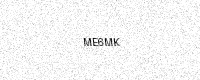
Text: ME6MK